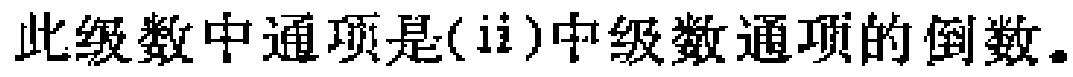
此级数中通项是(ii)中级数通项的倒数。